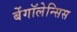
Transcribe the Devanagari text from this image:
बेंगॉलेन्सिस